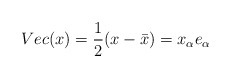
\begin{align*}Vec(x)=\frac{1}{2}(x-\bar{x}) = x_\alpha e_\alpha\end{align*}